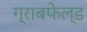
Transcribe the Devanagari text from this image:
ग्राबफेल्ड